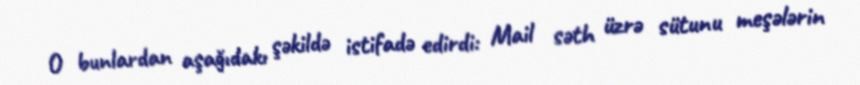
O bunlardan aşağıdakı şəkildə istifadə edirdi: Mail səth üzrə sütunu meşələrin